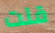
قلت